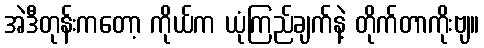
အဲဒီတုန်းကတော့ ကိုယ်က ယုံကြည်ချက်နဲ့ တိုက်တာကိုးဗျ။